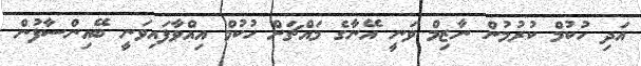
އަދި ހުކުމް ކުރުމުން ނާޒިމް ވަނީ އޭނާގެ މައްޗަށް ހުކުމް އިއްވާފައިވަނީ ބޭއިންސާފުން